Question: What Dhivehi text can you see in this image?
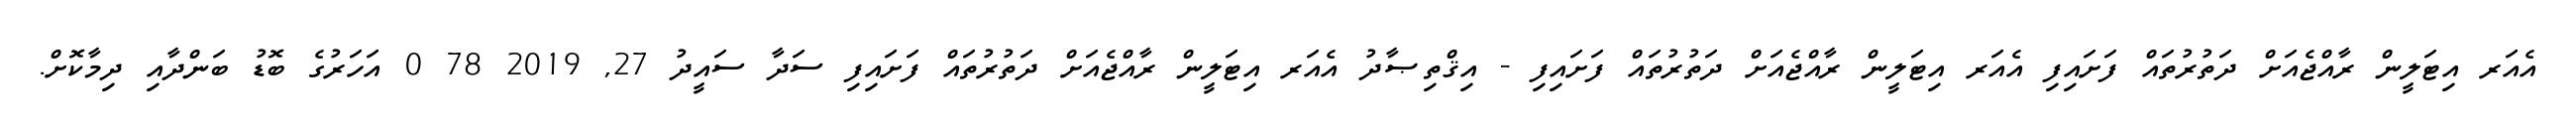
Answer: އެއަރ އިޓަލީން ރާއްޖެއަށް ދަތުރުތައް ފަށައިފި އެއަރ އިޓަލީން ރާއްޖެއަށް ދަތުރުތައް ފަށައިފި - އިޤްތިޞާދު އެއަރ އިޓަލީން ރާއްޖެއަށް ދަތުރުތައް ފަށައިފި ސަދާ ސައީދު 27, 2019 78 0 އަހަރުގެ ބޮޑު ބަންދާއި ދިމާކޮށް.